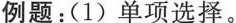
例题:(1)单项选择